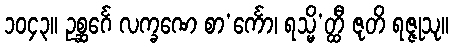
၁၀၄၃။ ဥစ္ဆင်္ဂေ လက္ခဏေ စာ’င်္ကော၊ ရသ္မိ’တ္ထီ ဇုတိ ရဇ္ဇုသု။